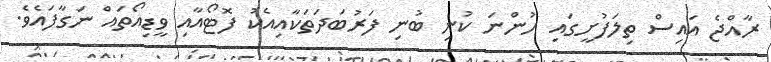
ރާއްޖެ އައިސް ތިލަފުށީގައި ހުންނަ ކުނި ބުނި ފަރުބަދަތަކާއިއެކު ފޮޓޯއާއި ވީޑިއޯތައް ނަގާފައެވެ.